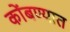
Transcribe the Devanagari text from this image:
कोंबण्यात